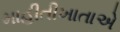
માહીતીખાતાએ